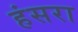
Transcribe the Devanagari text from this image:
हंसरा